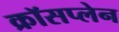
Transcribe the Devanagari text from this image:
क्रॉसप्लेन